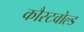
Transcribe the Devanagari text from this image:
कौस्टवोल्ड